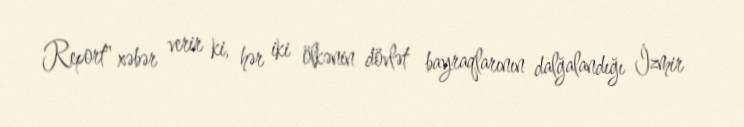
Report" xəbər verir ki, hər iki ölkənin dövlət bayraqlarının dalğalandığı İzmir